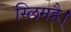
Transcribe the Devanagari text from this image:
स्लिमहै।